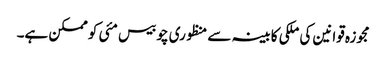
مجوزہ قوانین کی ملکی کابینہ سے منظوری چوبیس مئی کو ممکن ہے۔